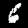
Digit: 6